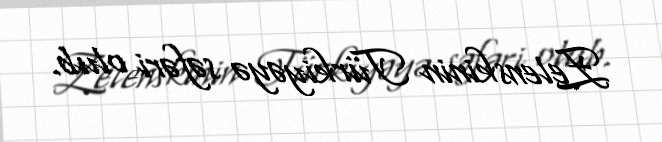
Zelenskinin Türkiyəyə səfəri olub.